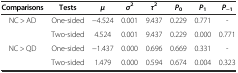
<table><thead><tr><td><b>Comparisons</b></td><td><b>Tests</b></td><td><b><i>μ</i></b></td><td><b><i>σ</i><sup>2</sup></b></td><td><b><i>τ</i><sup>2</sup></b></td><td><b><i>P</i><sub>0</sub></b></td><td><b><i>P</i><sub>1</sub></b></td><td><b><i>P</i><sub>−1</sub></b></td></tr></thead><tbody><tr><td>NC &gt; AD</td><td>One-sided</td><td>−4.524</td><td>0.001</td><td>9.437</td><td>0.229</td><td>0.771</td><td>-</td></tr><tr><td></td><td>Two-sided</td><td>4.524</td><td>0.001</td><td>9.437</td><td>0.229</td><td>0.000</td><td>0.771</td></tr><tr><td>NC &gt; QD</td><td>One-sided</td><td>−1.437</td><td>0.000</td><td>0.696</td><td>0.669</td><td>0.331</td><td>-</td></tr><tr><td></td><td>Two-sided</td><td>1.479</td><td>0.000</td><td>0.594</td><td>0.674</td><td>0.004</td><td>0.323</td></tr></tbody></table>